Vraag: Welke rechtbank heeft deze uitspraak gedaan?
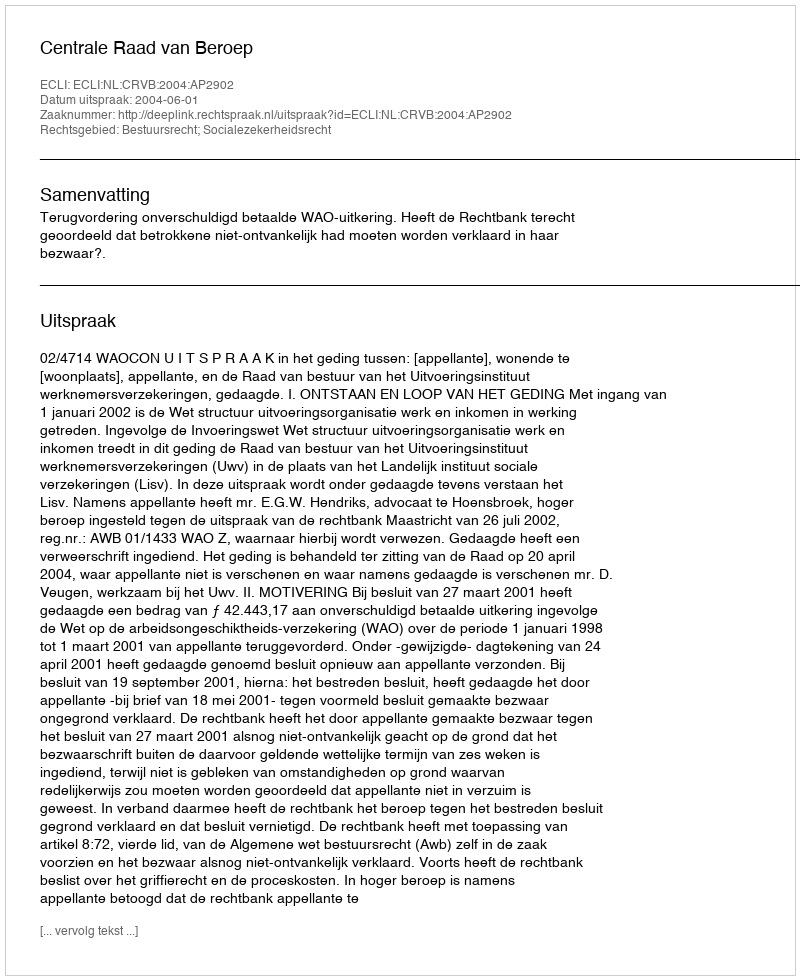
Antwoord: Centrale Raad van Beroep